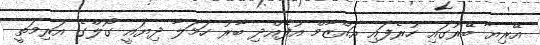
އޭރިޔާ ބޭރުގައި ހުރެފައި އައްޒާމް އުފެއްދި ބާރު ހަމަލާ ދިޔައީ ގޯލްގެ އަރިމަތީ